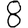
Digit: 8